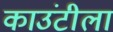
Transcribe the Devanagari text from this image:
काउंटीला